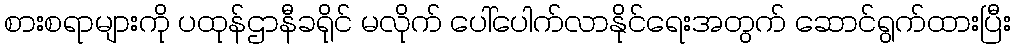
စားစရာများကို ပထုန်ဌာနီခရိုင် မလိုက် ပေါ်ပေါက်လာနိုင်ရေးအတွက် ဆောင်ရွက်ထားပြီး